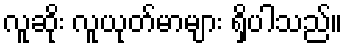
လူဆိုး လူယုတ်မာများ ရှိပါသည်။